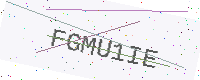
Text: FGMU1IE